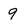
Character: q